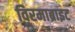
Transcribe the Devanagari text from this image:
विरमाब्राइट